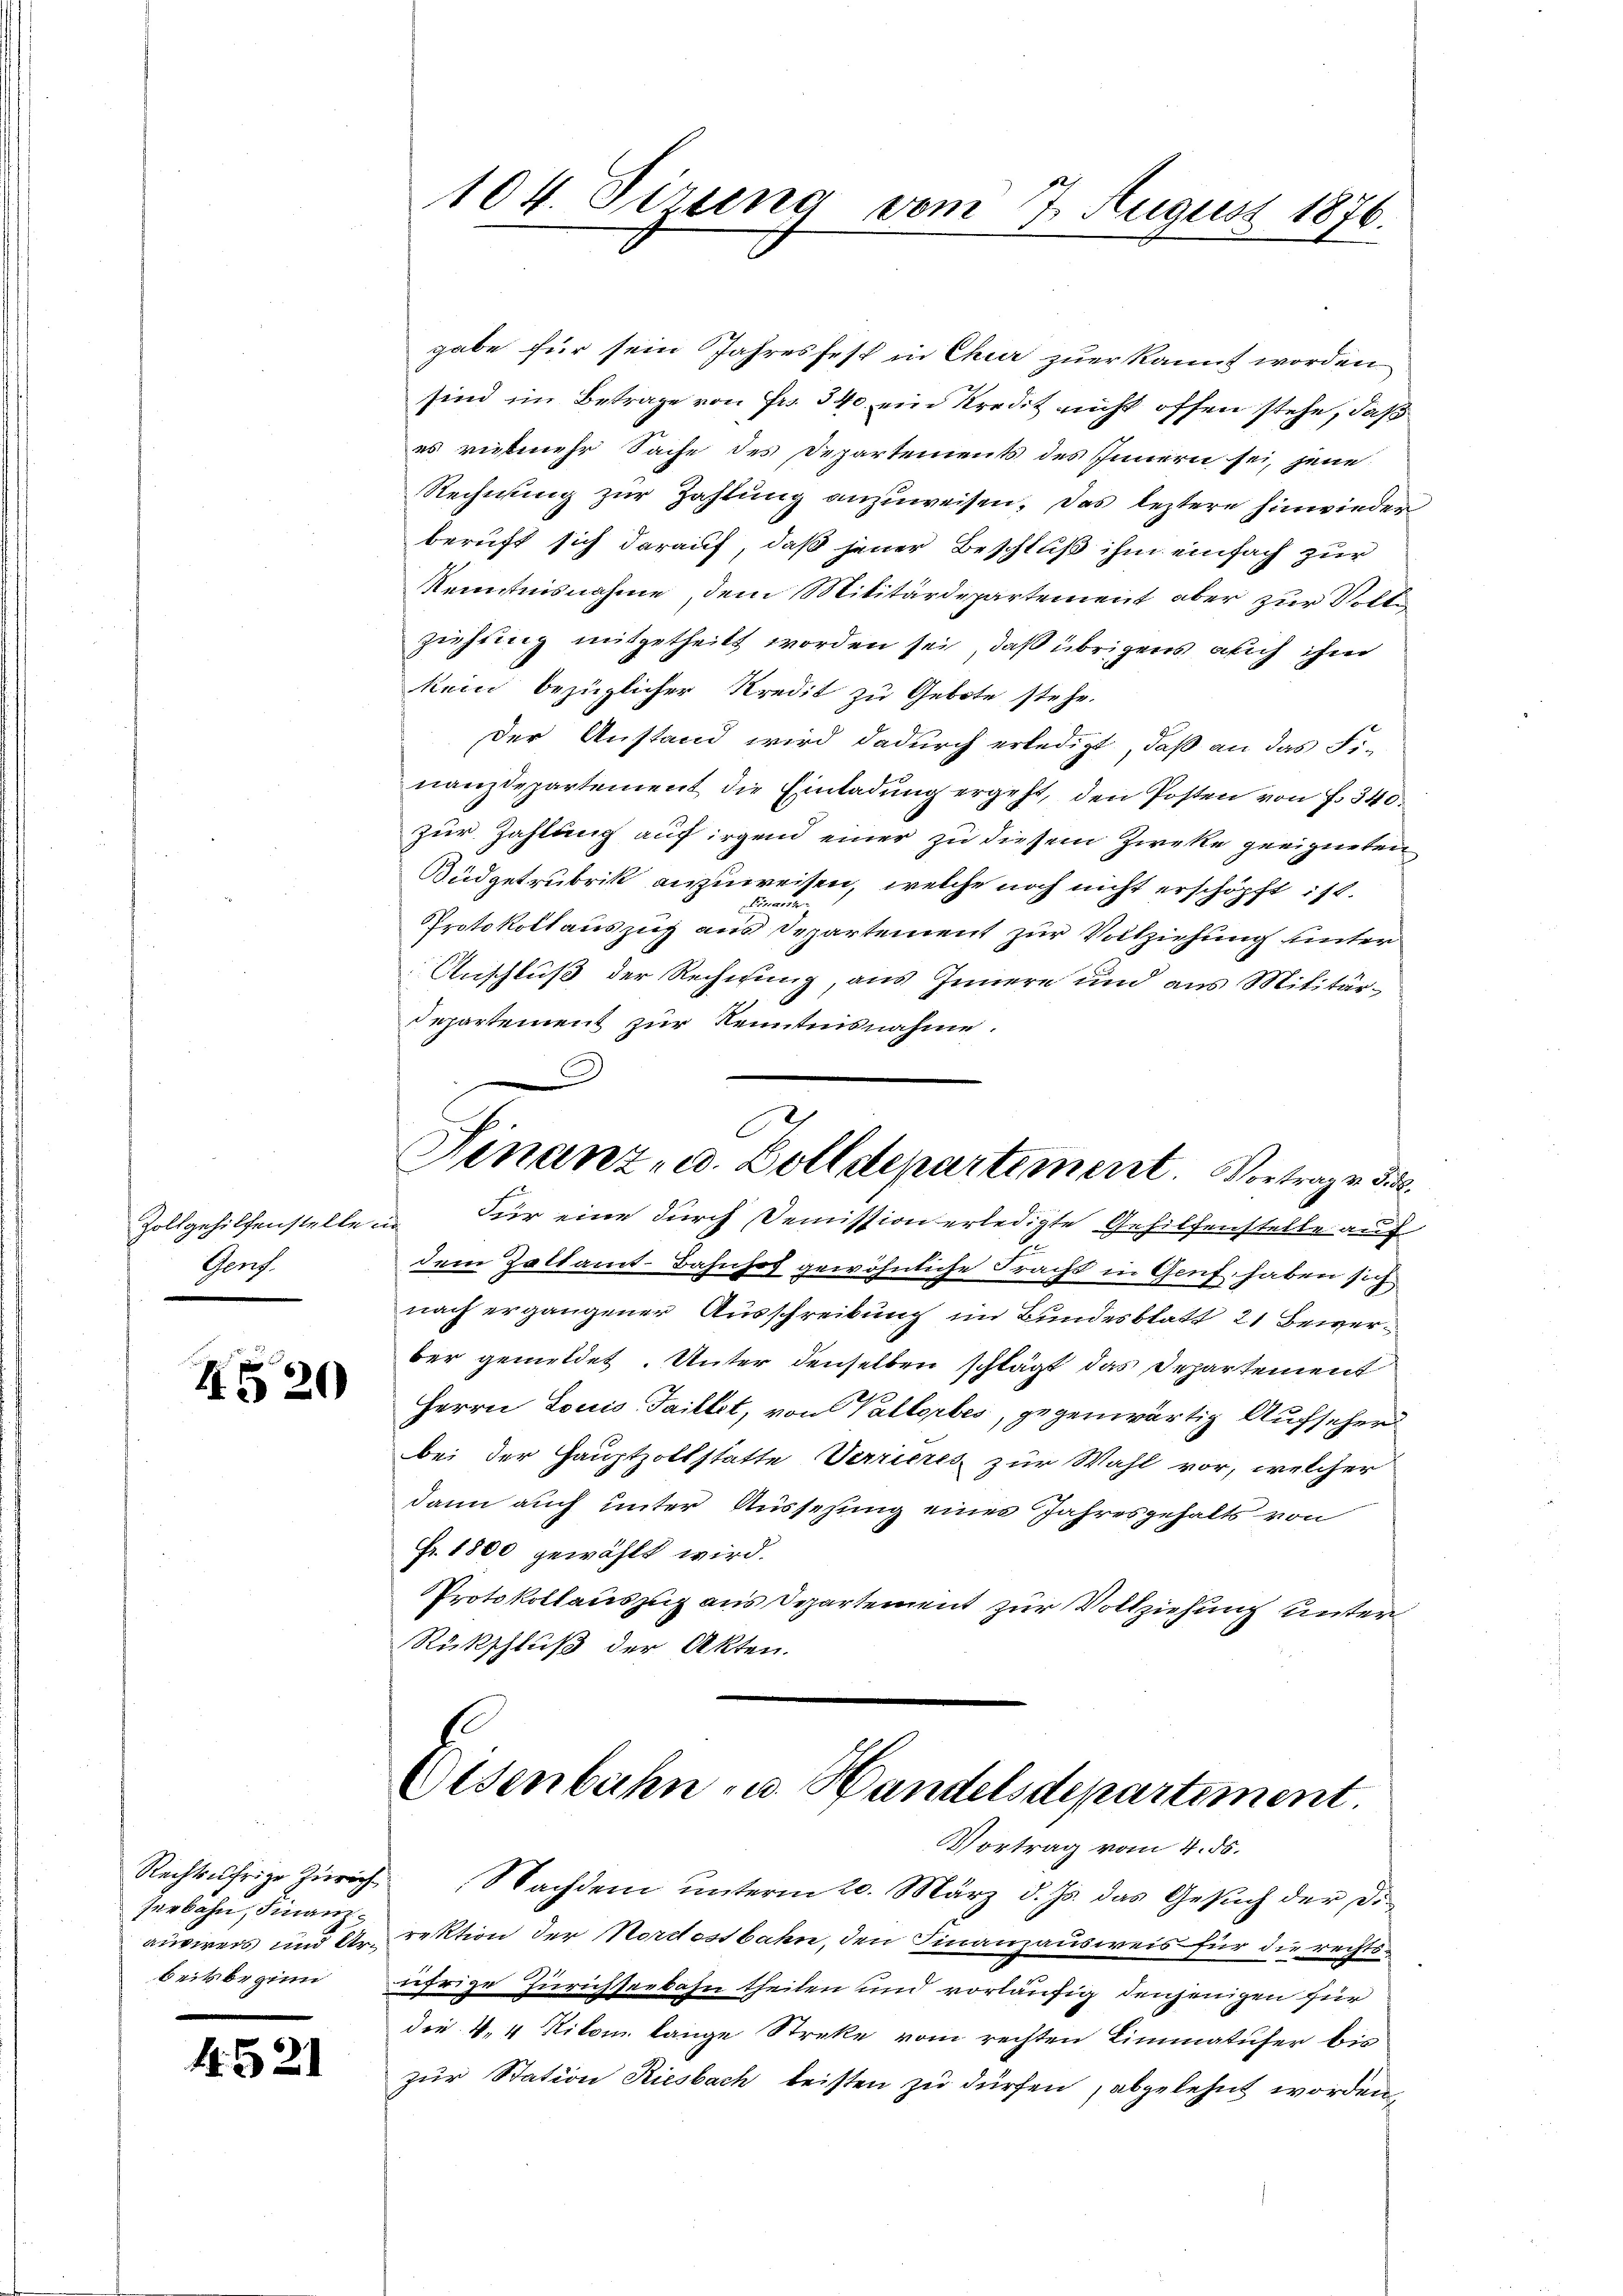
Genf.

1520

serbahn, Finanzausirers und Urbeit beginn

4521

104. Sirung vom 7. August 1876.

gabe für sein Jahresfest in Chur zuerkannt worden
sind im Betrage von Frs. 340 ein Kredit nicht offen stehe, daß
es rietmehr Sache des Departements des Innern sei, jene
Rechnung zur Zahlung anzuweisen. Das leztere hinwieder
beruft sich darauf, daß jener Beschluß ihm einfach zur
Kenntnisnahme, dem Militärdepartement aber zur Volle
ziehung mitgetheilt worden sei, daß übrigens auch ihm
kein bezüglicher Kredit zu Gebote stehe.
der Anstand wird dadurch erledigt, daß an das Fi-
nanzdepartement die Einladung ergeht, den Posten von f. 340
zur Zahlung auf irgend einer zu diesem Zwecke geeigneten
Südgetrubrik anzuweisen, welche noch nicht erschöpft ist.
Finander
Protokollauszug aus Departement zur Vollziehung unter
Anschluß der Rechnung, aus Innern und aus Militär¬
Departement zur Kenntnisnahme.
1
Ginanz- u. Zolldepartement. Vortrage d. d.
Zollgehilfenstellen Für eine durch Demission erledigte Gehilfenstelle auf
2.
dem Zaltamt-Bahnhof gewöhnliche Fracht in Genf, haben sich
nach ergangener Ausschreibung im Bundesblatt 21 Bewerber gemeldet. Unter denselben schlägt das Departement
Herrn Louis Faillet, von Vallorbes, gegenwärtig Aufsehen
bei der Hauptzollstatte Verrieres zur Wahl vor, welcher
dann auch unter Aussesung eines Jahresgehalts von
Fr. 1800 gewählt wird.
Protokollauszug aus Departement zur Vollziehung unter
Rückschluß der Akten.

Eisenbahn- u. Handelsdepartement.
Vortrag vom 4. ds.

Rechtufrige Zürich Nachdem ŭnterm 20. März d. Js. das Gesŭch der di
rektion der Nordostbahn, den Finanzausweis für die rechtsüfrige Zürichseebahn theilen und vorläufig denjenigen für
die 4, 4 Nikon lange Streke vom rechten Limmatufer bis
zur Station Riesbach leisten zu dürfen, abgelehnt worden,